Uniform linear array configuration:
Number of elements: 8
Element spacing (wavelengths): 0.75
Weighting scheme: exponential
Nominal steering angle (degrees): -30
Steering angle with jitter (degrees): -29.741
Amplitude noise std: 0.05
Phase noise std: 0.05

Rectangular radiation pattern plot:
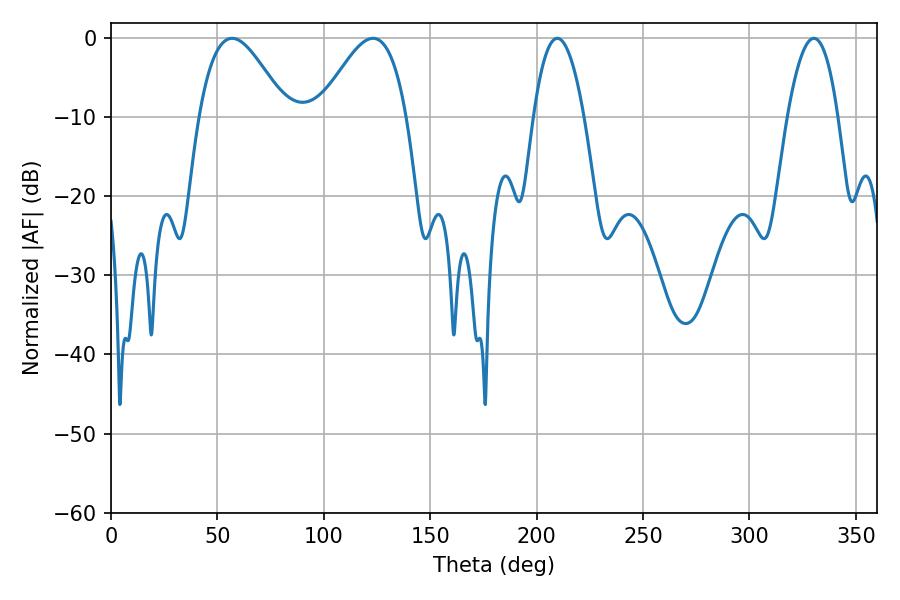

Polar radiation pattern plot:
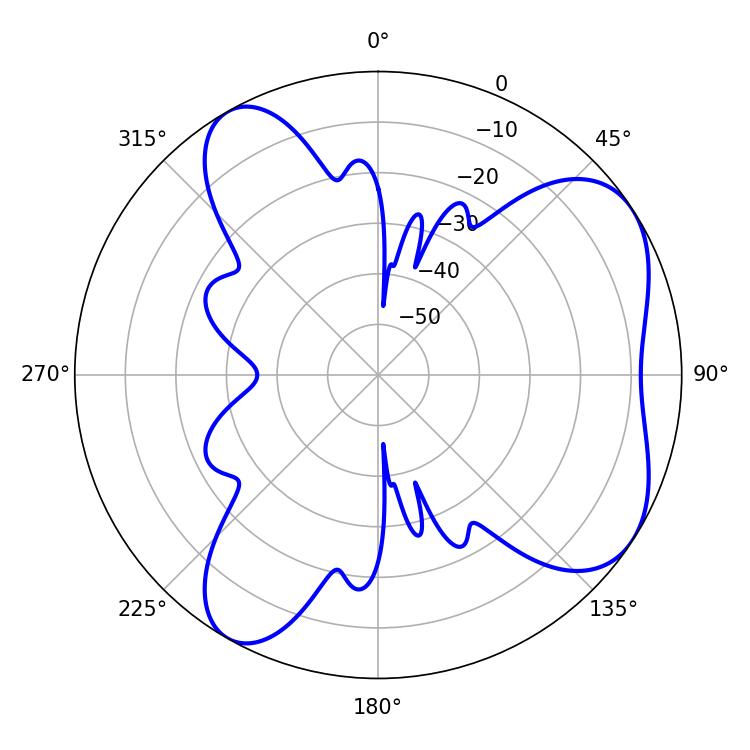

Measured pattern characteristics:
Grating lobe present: TRUE
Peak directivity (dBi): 6.0
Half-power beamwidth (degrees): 21.96
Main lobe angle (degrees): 56.88